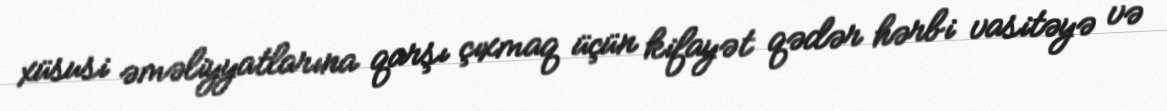
xüsusi əməliyyatlarına qarşı çıxmaq üçün kifayət qədər hərbi vasitəyə və